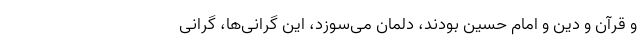
و قرآن و دین و امام حسین بودند، دلمان می‌سوزد، این گرانی‌ها، گرانی